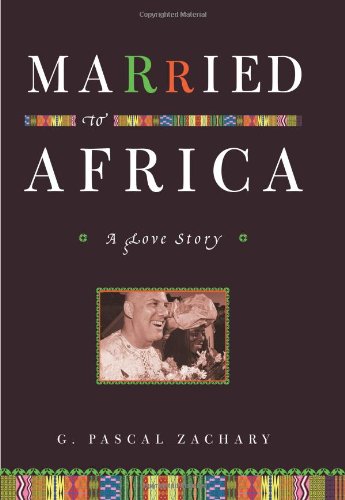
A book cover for Married to Africa: A Love Story; G. Pascal Zachary; Travel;